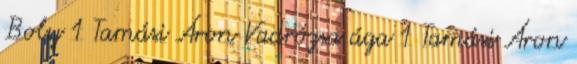
Boly 1 Tamási Áron Vadrózsa ága 1 Tamási Áron